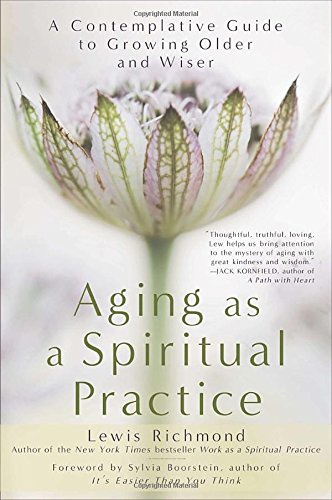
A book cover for Aging as a Spiritual Practice: A Contemplative Guide to Growing Older and Wiser; Lewis Richmond; Health, Fitness & Dieting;